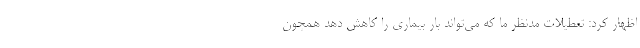
اظهار کرد: تعطیلات مدنظر ما که می‌تواند بار بیماری را کاهش دهد همچون